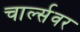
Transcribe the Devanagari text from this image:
चार्ल्सवर